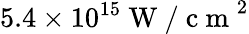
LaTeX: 5.4\times 10^{15}\mathrm{~W~/~c~m~}^{2}